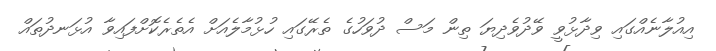
އިއުލާނެއްގައި ވިދާޅުވީ ވޭދުވެދިޔަ ތިން މަސް ދުވަހުގެ ތެރޭގައި ހުޅުމާލެއަށް އެތެރެކޮށްފައިވާ އުޅަނދުތައް